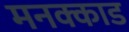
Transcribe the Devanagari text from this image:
मनक्काड